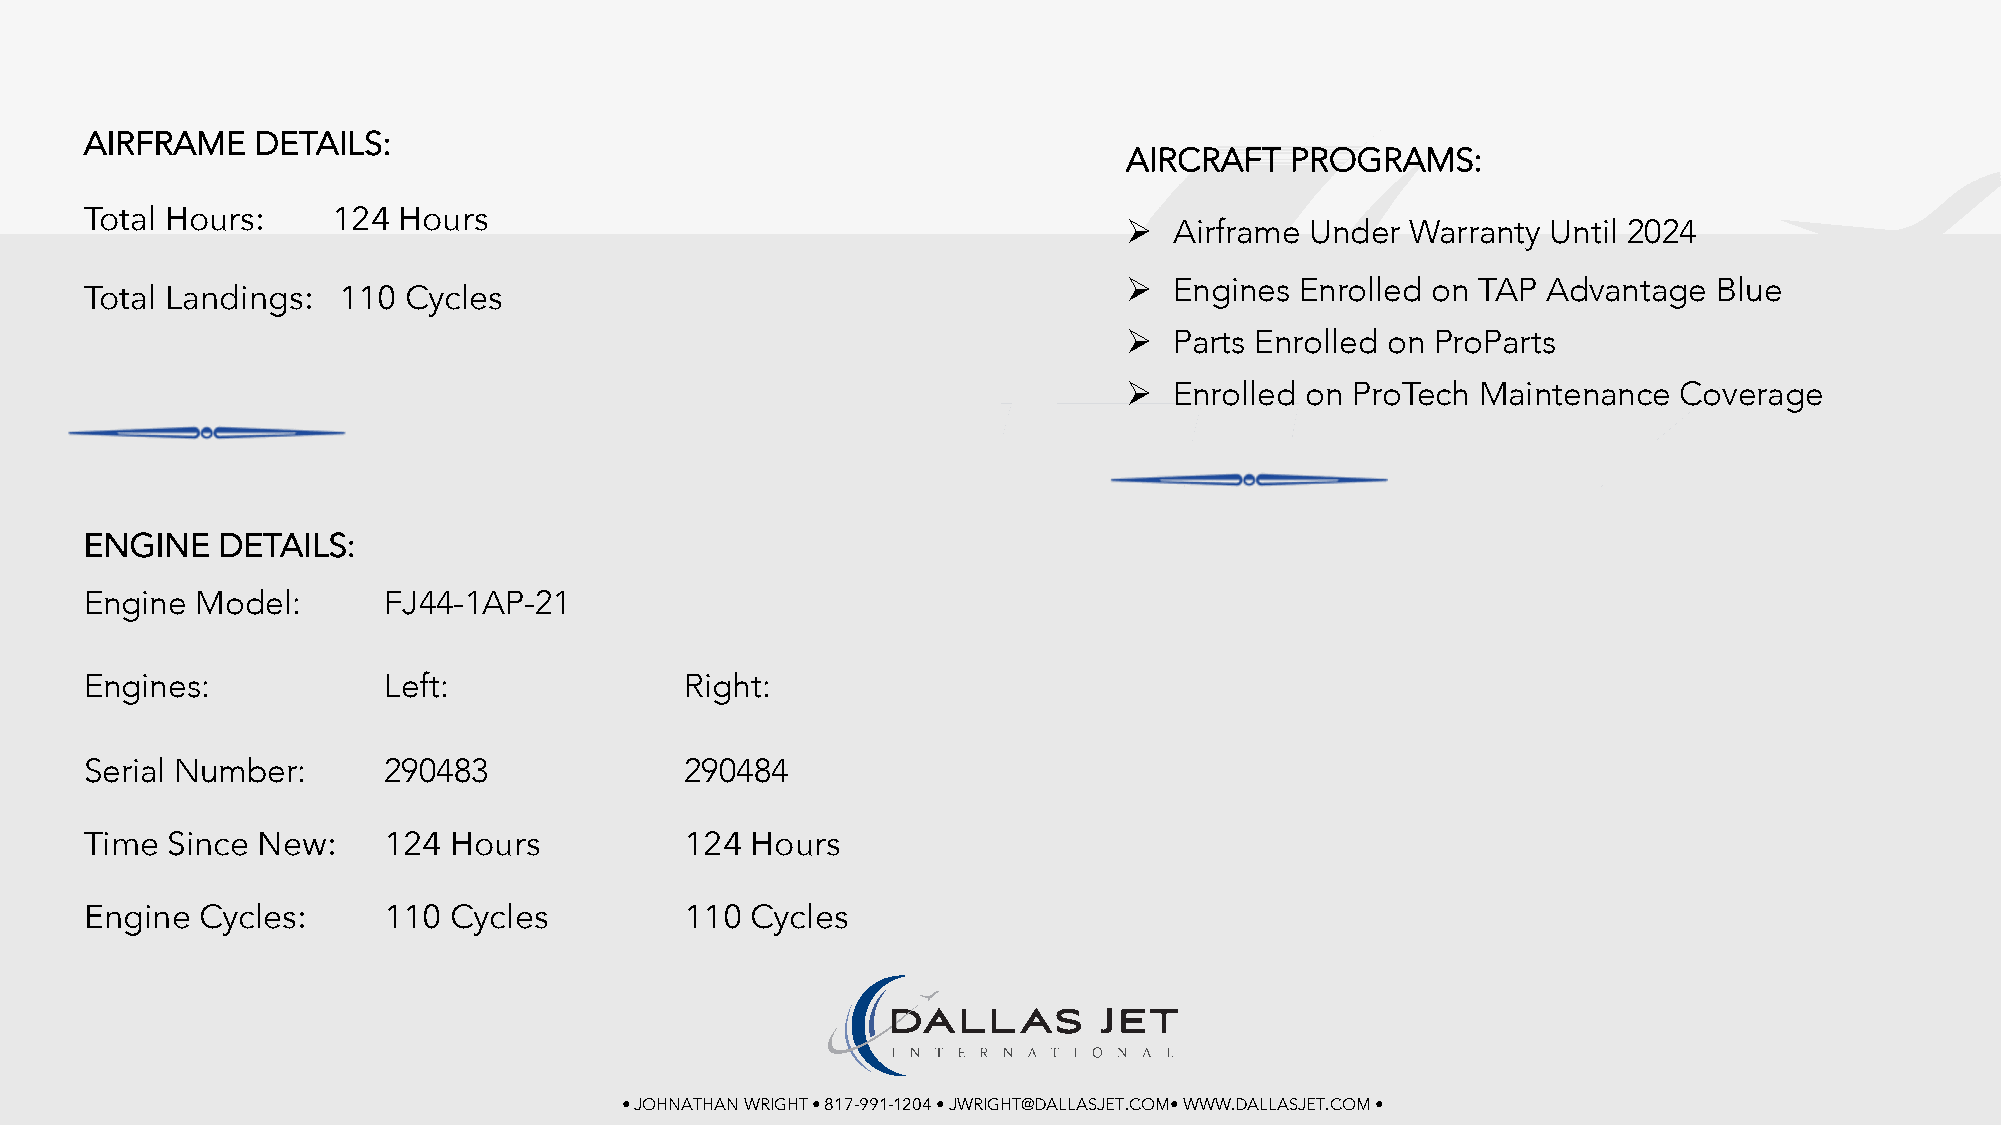
AIRFRAME   DETAILS:
 AIRCRAFT  PROGRAMS:
 Total Hours:    124 Hours
 Ø  Airframe Under Warranty  Until 2024
 Ø  Engines Enrolled on TAP Advantage   Blue
 Total Landings: 110  Cycles
 Ø  Parts Enrolled on ProParts
 Ø  Enrolled on ProTech Maintenance  Coverage
 ENGINE  DETAILS:
 Engine Model:      FJ44-1AP-21
 Engines:           Left:               Right:
 Serial Number:     290483              290484
 Time Since New:    124  Hours          124  Hours
 Engine Cycles:     110  Cycles         110  Cycles
 • JOHNATHAN WRIGHT • 817-991-1204 • JWRIGHT@DALLASJET.COM• WWW.DALLASJET.COM •